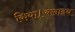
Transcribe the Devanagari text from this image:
किया।क्लाइव